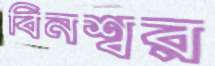
বিনশ্বর